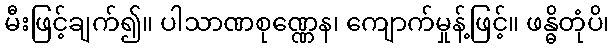
မီးဖြင့်ချက်၍။ ပါသာဏစုဏ္ဏေန၊ ကျောက်မှုန့်ဖြင့်။ ဖန္ဓိတုံပိ၊